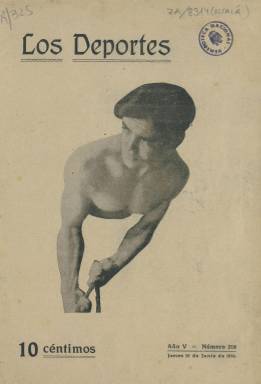
Título: Los Deportes (Bilbao)
Colección: Deportes
Ámbito geográfico: Vizcaya
Lugar de publicación: Bilbao
Fechas: 22/06/1916-22/06/1916

Semanario deportivo vasco ligado a la historia del motociclismo en España,  ya que el fundador, Alfredo Castrillejo de Gallardo, que falleció joven, fue un gran impulsor de este deporte. La revista se fundó en 1912, meses después de la primera carrera motociclista de España, que tuvo lugar en Vizcaya. (Los interesados en esta carrera pueden consultar on line el blog de César Estornes).

    La BNE sólo posee un número de este semanario, el publicado el 22 de junio de 1916. Hojeándolo podemos comprobar cómo no sólo la información sino también la publicidad giran en gran parte en torno al mundo del motociclismo y del automovilismo. Los anuncios son una parte importante de la publicación pues llegan a ocupar casi la mitad de sus 20 páginas.

       Es interesante el primer artículo del citado número de Los Deportes, titulado ‘Los campeones escolares’, en el cual se elogia  a las Universidades de Estados Unidos por ser un semillero de atletas, algo que el periódico propone importar a nuestro país.

    Además del motociclismo, otros deportes están reflejados en la publicación, como la natación, el ciclismo, el atletismo y naturalmente el fútbol, que recibe un tratamiento secundario pese a que empezaba a ser ya un deporte de masas en el País Vasco y en España. El Athletic de Bilbao fue uno de los primeros clubes de España, como su propio nombre indica, pues ha conservado su denominación inglesa, origen de este deporte.

    En el número conservado por la BNE hay una deliciosa crónica de un partido entre el Madrid y el Athletic, en la final del campeonato  de 2ª categoría. “Esperábamos que el Madrid y el Athletic jugarían un partido ciclón, que íbamos a chillar, a silbar o a aplaudir como energúmenos, en una palabra que íbamos a correr un juergazo futbolístico y luego nos hemos aburrido como ostras”.

    El partido lo ganó el Madrid por tres goals a cero. Es curioso cómo la revista sigue usando a menudo las palabras inglesas como la mencionada y la de shootador, que dará más adelante el neologismo chutar y chutador.

    El País Vasco, junto con Andalucía, fue pionero en la prensa deportiva en España. Ya a finales del siglo XIX se publicaba El pelotari, dedicado a la pelota vasca. La prensa especializada deportiva se fue extendiendo por toda España a lo largo de las primeras décadas del siglo XX, pero no con periodicidad diaria. El primer diario deportivo propiamente dicho fue el Excelsior, que nació en Bilbao en 1924 ligado a los dirigentes del PNV.

[Descripción publicada el 15/03/2019]